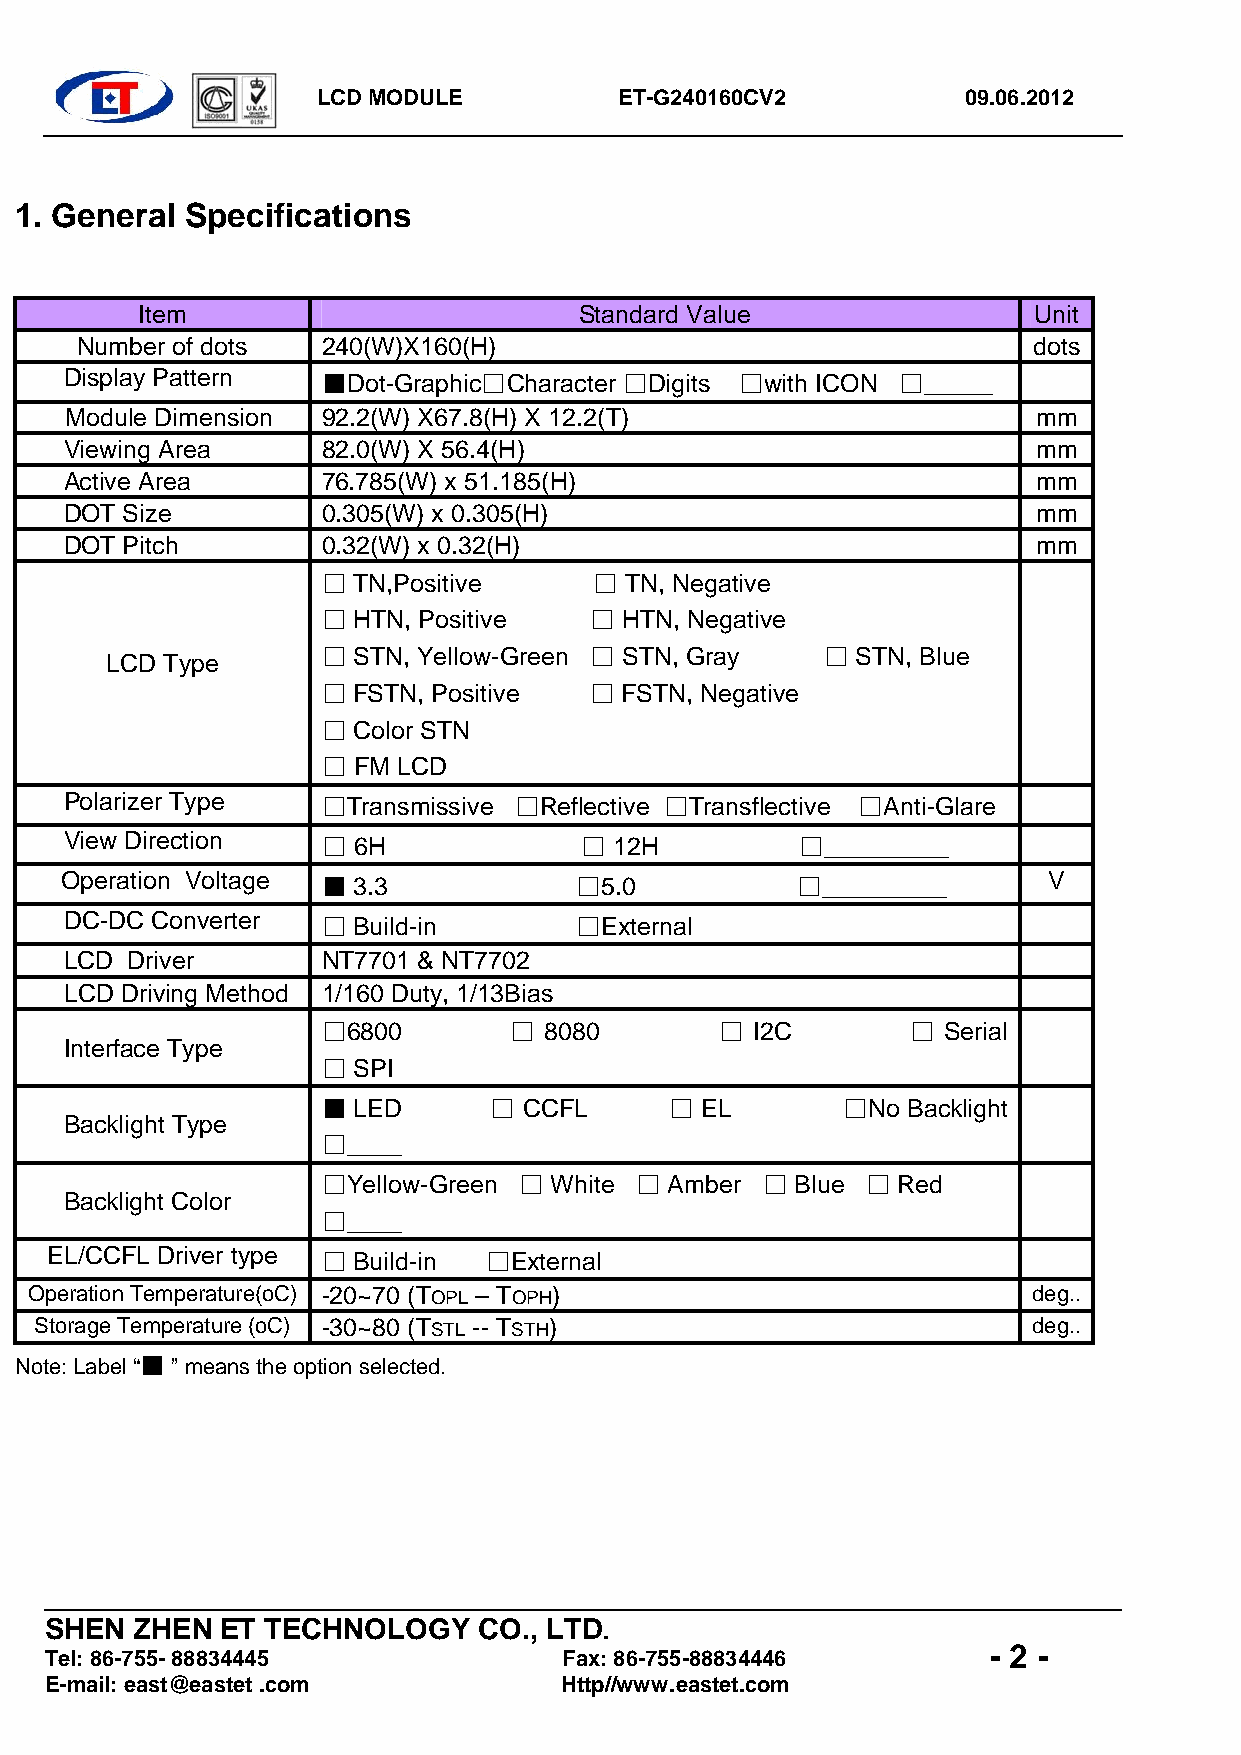
LCD MODULE          ET-G240160CV2          09.06.2012
 1. General Specifications
 Item                         Standard Value                Unit
 Number of dots  240(W)X160(H)                                  dots
 Display Pattern  ■Dot-Graphic□Character □Digits □with ICON □_____
 Module Dimension 92.2(W) X67.8(H) X 12.2(T)                      mm
 Viewing Area     82.0(W) X 56.4(H)                               mm
 Active Area      76.785(W) x 51.185(H)                           mm
 DOT Size         0.305(W) x 0.305(H)                             mm
 DOT Pitch        0.32(W) x 0.32(H)                               mm
 □ TN,Positive     □ TN, Negative
 □ HTN, Positive   □ HTN, Negative
 □ STN, Yellow-Green □ STN, Gray   □ STN, Blue
 LCD Type
 □ FSTN, Positive  □ FSTN, Negative
 □ Color STN
 □ FM LCD
 Polarizer Type   □Transmissive □Reflective □Transflective □Anti-Glare
 View Direction   □ 6H             □  12H         □_________
 Operation Voltage ■ 3.3           □5.0           □_________      V
 DC-DC Converter  □ Build-in       □External
 LCD Driver       NT7701 & NT7702
 LCD Driving Method 1/160 Duty, 1/13Bias
 □6800        □ 8080        □ I2C       □ Serial
 Interface Type
 □ SPI
 ■ LED      □  CCFL     □ EL        □No Backlight
 Backlight Type
 □____
 □Yellow-Green □ White □ Amber □ Blue □ Red
 Backlight Color
 □____
 EL/CCFL Driver type □ Build-in □External
 Operation Temperature(oC) -20~70 (TOPL – TOPH)                    deg..
 Storage Temperature (oC) -30~80 (TSTL -- TSTH)                    deg..
 Note: Label “■ ” means the option selected.
 SHEN  ZHEN  ET TECHNOLOGY    CO., LTD.
 - 2 -
 Tel: 86-755- 88834445             Fax: 86-755-88834446
 E-mail: east@eastet .com          Http//www.eastet.com